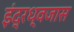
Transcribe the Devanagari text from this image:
इंद्रध्वजास